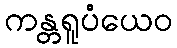
ကန္တရူပံယေဝ